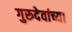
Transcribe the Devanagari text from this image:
गुरुदेवांच्या